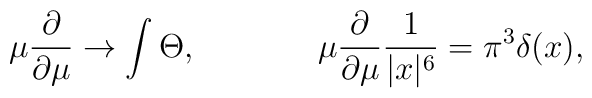
\mu {\frac{\partial }{\partial \mu }}\rightarrow \int \Theta ,~~~~~~~~~~~\mu {\frac{\partial }{\partial \mu }}{\frac{1}{|x|^{6}}}=\pi ^{3}\delta (x),